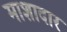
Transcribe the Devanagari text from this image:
माशादार